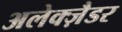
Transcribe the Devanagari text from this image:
अलेक्ज़ैडर